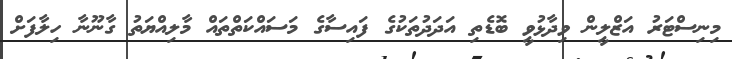
މިނިސްޓަރު އަޒްލީން ވިދާޅުވީ ބޮޑެތި އަދަދުތަކުގެ ފައިސާގެ މަސައްކަތްތައް މާލިއްޔަތު ގާނޫނާ ހިލާފަށް